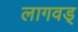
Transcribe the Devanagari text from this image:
लागवड्